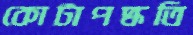
কোটাপদ্ধতি